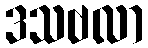
ဒသဗလာ